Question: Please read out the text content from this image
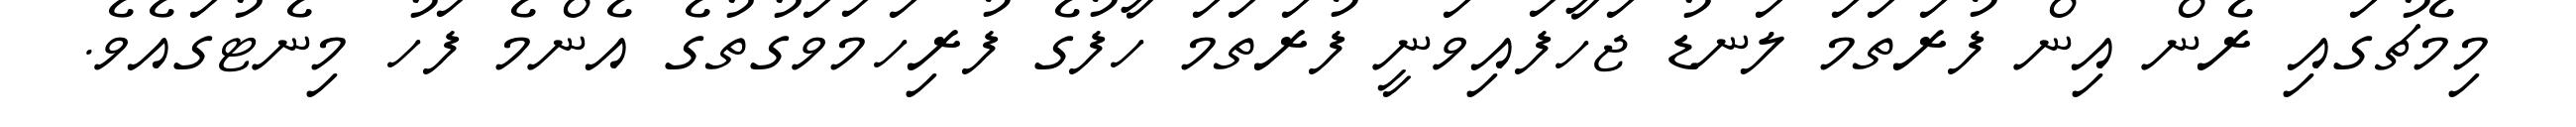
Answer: މިމެޗުގައި ރެން އިން ފުރަތަމަ ލަނޑު ޖަހާފައިވަނީ ފުރަތަމަ ހާފުގެ ފުރިހަމަވަގުތުގެ އެންމެ ފަހު މިނެޓުގައެވެ.